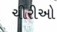
ચીરીઓ